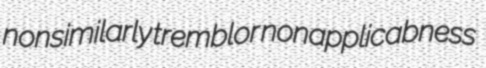
nonsimilarly tremblor nonapplicabness